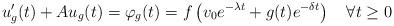
LaTeX: \begin{align*}u_{g}'(t)+Au_{g}(t)=\varphi_{g}(t)= f\left(v_{0}e^{-\lambda t}+g(t)e^{-\delta t}\right)\quad\forall t\geq 0\end{align*}